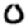
Digit: 0